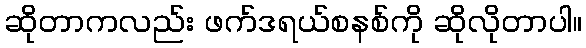
ဆိုတာကလည်း ဖက်ဒရယ်စနစ်ကို ဆိုလိုတာပါ။